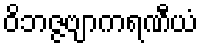
ဝိဘဇ္ဇဗျာကရဏီယံ